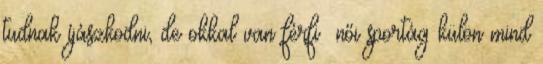
tudnak íjászkodni, de okkal van férfi női sportág külön mind